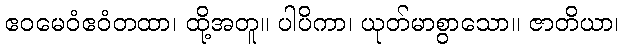
ဧဝမေဝံဧဝံတထာ၊ ထို့အတူ။ ပါပိကာ၊ ယုတ်မာစွာသော။ ဇာတိယာ၊